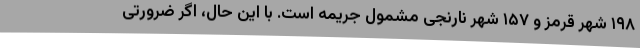
۱۹۸ شهر قرمز و ۱۵۷ شهر نارنجی مشمول جریمه است. با این حال، اگر ضرورتی